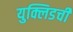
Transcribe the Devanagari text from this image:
युक्लिडची